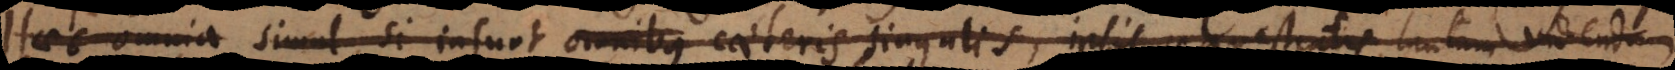
Haec omnia Simul, si insunt omnibus caeteris singulis, ipsis sequestratis, tantum videndum